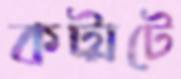
কট্‌মটে